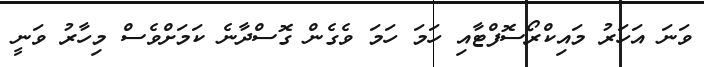
ވަނަ އަހަރު މައިކްރޯސޮފްޓާއި ހަމަ ހަަމަ ވެގެން ގޮސްދާނެ ކަމަށްވެސް މިހާރު ވަނީ